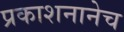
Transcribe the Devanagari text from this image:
प्रकाशनानेच